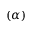
( \alpha )